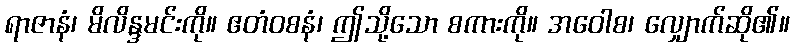
ရာဇာနံ၊ မိလိန္ဒမင်းကို။ ဧတံဝစနံ၊ ဤသို့သော စကားကို။ အဝေါစ၊ လျှောက်ဆို၏။